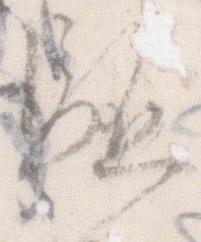
駈